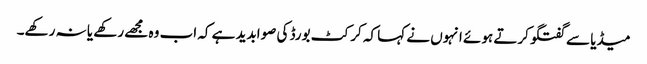
میڈیا سے گفتگو کرتے ہوئے انہوں نے کہا کہ کرکٹ بورڈ کی صوابدید ہے کہ اب وہ مجھے رکھے یا نہ رکھے۔